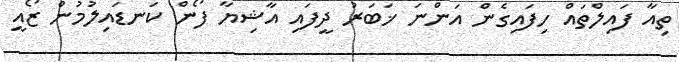
ތިއާ ފައިލްތައް ހިފައިގެން އަންނަ ޚަބަރު ދީފައި އާޝިޔާ ފޯން ކަނޑައިލުމުން ޒޯއީ